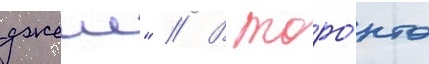
джеис" // В торо́нто